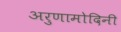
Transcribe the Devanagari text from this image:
अरुणामोदिनी